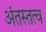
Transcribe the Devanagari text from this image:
अंतस्तत्व